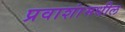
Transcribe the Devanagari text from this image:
प्रवाशांमधील